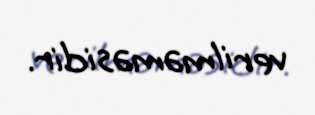
verilməməsidir.